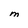
Character: M